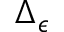
\Delta _ { \epsilon }